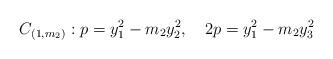
LaTeX: \begin{align*}C_{(1,m_{2})}:p=y_{1}^{2}-m_{2}y_{2}^{2},\quad2p=y_{1}^{2}-m_{2}y_{3}^{2}\end{align*}